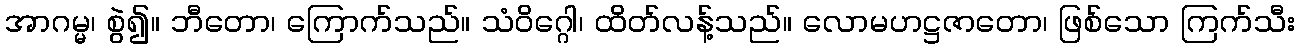
အာဂမ္မ၊ စွဲ၍။ ဘီတော၊ ကြောက်သည်။ သံဝိဂ္ဂေါ၊ ထိတ်လန့်သည်။ လောမဟဋ္ဌဇာတော၊ ဖြစ်သော ကြက်သီး